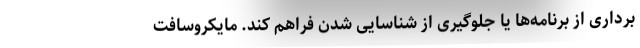
برداری از برنامه‌ها یا جلوگیری از شناسایی شدن فراهم کند. مایکروسافت